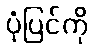
ပုံပြင်ကို